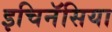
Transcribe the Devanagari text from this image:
इचिनॅसिया